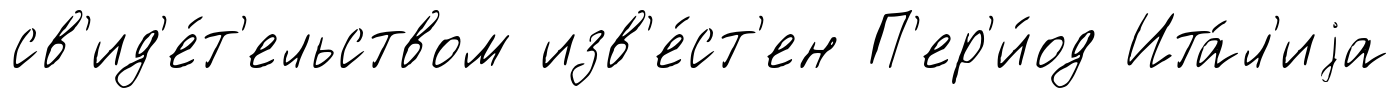
св'ид'е́т'ельством изв'е́ст'ен П'ер'и́од Ита́л'иjа